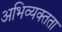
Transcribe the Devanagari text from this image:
अभिव्यक्तता